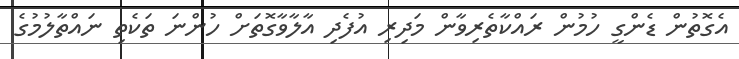
އެގޮތުން ޑެންގީ ހުމުން ރައްކާތެރިވާން މަދިރި އުފެދި އާލާވާގޮތަށް ހުންނަ ތަކެތި ނައްތާލުމުގެ